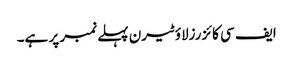
ایف سی کائزرزلاؤٹیرن پہلے نمبر پر ہے۔